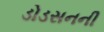
ડોડસનની